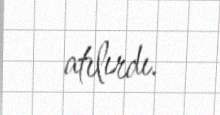
atılırdı.